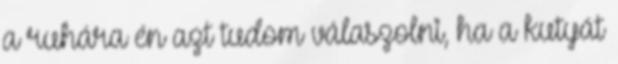
a ruhára én azt tudom válaszolni, ha a kutyát